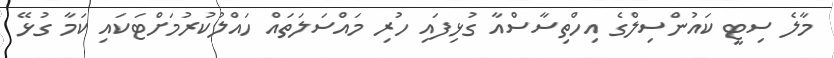
މާލެ ސިޓީ ކައުންސިލްގެ އިހްތިސާސްއާ ގުޅިފައި ހުރި މައްސަލަތައް ހައްލުކުރުމަށްޓަކައި ކަމާ ގުޅޭ